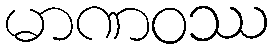
မာဏဝဿ